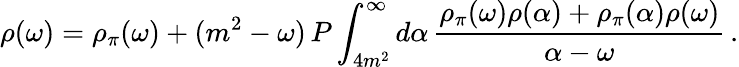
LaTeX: \rho(\omega)=\rho_{\pi}(\omega)+(m^{2}-\omega)\, P\int_{4m^{2}}^{\infty}d\alpha\, \frac{\rho_{\pi}(\omega)\rho(\alpha)+\rho_{\pi}(\alpha)\rho(\omega)}{\alpha-\omega}\, .